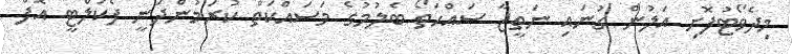
މިދެވޯޓުފޮށި އަލުން ގުނައި ނަތީޖާ ސައްހަތޯ ބެލުމުގެ މަސައްކަތް ކުރަމުންދަނީ ފެކަލްޓީ އޮފް